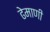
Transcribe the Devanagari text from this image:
ढेमाणी